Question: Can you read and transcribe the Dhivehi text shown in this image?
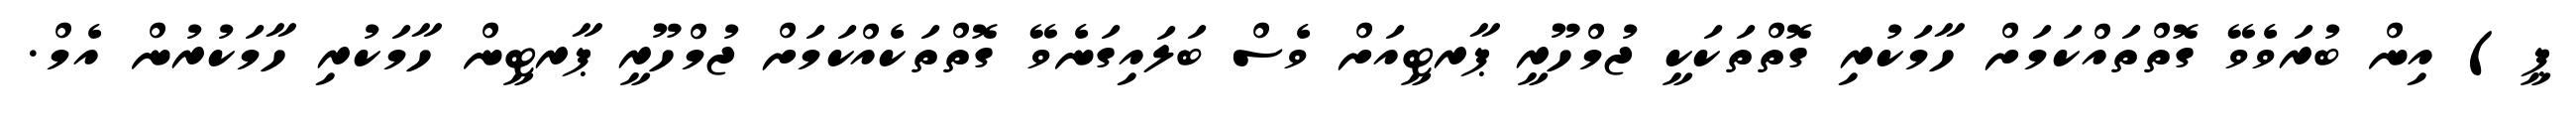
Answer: ޕީ) އިން ބުރަވެވޭ ގޮތްތައްކަމަށް ހާމަކުރި ގޮތްތަކަކީ ޖުމްހޫރީ ޕާރޓީއަށް ވެސް ބަލައިގަނެވޭ ގޮތްތަކެއްކަމަށް ޖުމްހޫރީ ޕާރޓީން ހާމަކުރި ހާމަކުރުން އެމް.